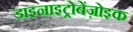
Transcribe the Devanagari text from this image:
डाइनाइट्रोबेंज़ोइक